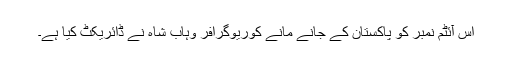
اس آئٹم نمبر کو پاکستان کے جانے مانے کوریوگرافر وہاب شاہ نے ڈائریکٹ کیا ہے۔